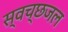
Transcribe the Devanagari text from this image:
स्वच्छजल